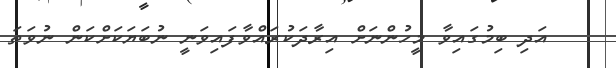
އަދި ބިމުގައިވާ މީހުންނަށް އިރާދަކުރައްވާފައިވަނީ ނުބަޔަކަށްކަން ނުވަތަ